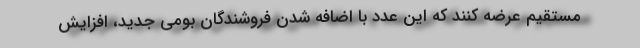
مستقیم عرضه کنند که این عدد با اضافه شدن فروشندگان بومی جدید، افزایش